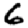
Digit: 6